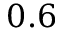
0 . 6